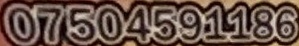
07504591186